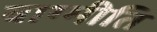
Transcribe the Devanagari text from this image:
वाग्मीति